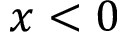
x < 0